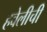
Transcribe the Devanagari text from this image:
हवेलीची